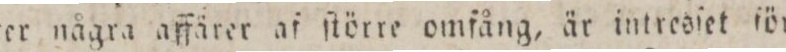
ter några affärer af ſtörre omfång, är intresſet för